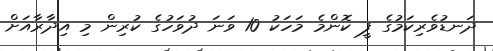
ދަނޑުވެރިކަމުގެ ފީ ކޮންމެ މަހަކު 10 ވަނަ ދުވަހުގެ ކުރިން މި އިދާރާއަށް